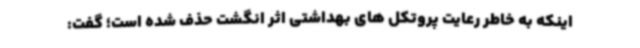
اینکه به خاطر رعایت پروتکل های بهداشتی اثر انگشت حذف شده است؛ گفت: